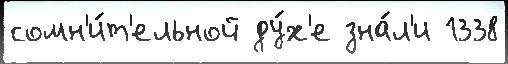
сомн'и́т'ельной ду́х'е зна́л'и 1338